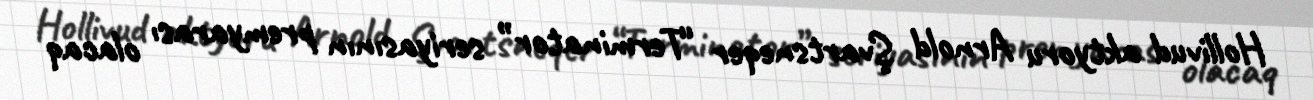
Hollivud aktyoru Arnold Şvartsneqer “Terminator” seriyasının premyarası olacaq